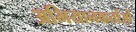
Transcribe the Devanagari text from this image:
अभियानकर्ताओं